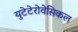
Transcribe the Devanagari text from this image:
युटेटेरोवेसिकल